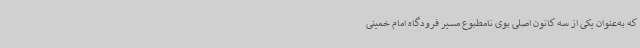
که به‌عنوان یکی از سه کانون اصلی بوی نامطبوع مسیر فرودگاه امام خمینی